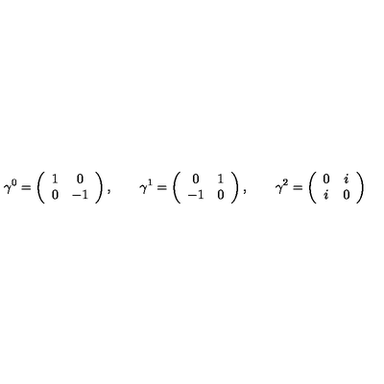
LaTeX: \gamma ^ { 0 } = \left( \begin{array} { c c } { 1 } & { 0 } \\ { 0 } & { - 1 } \\ \end{array} \right) , \qquad \gamma ^ { 1 } = \left( \begin{array} { c c } { 0 } & { 1 } \\ { - 1 } & { 0 } \\ \end{array} \right) , \qquad \gamma ^ { 2 } = \left( \begin{array} { c c } { 0 } & { i } \\ { i } & { 0 } \\ \end{array} \right)